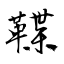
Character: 鞢